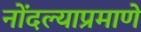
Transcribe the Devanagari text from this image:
नोंदल्याप्रमाणे